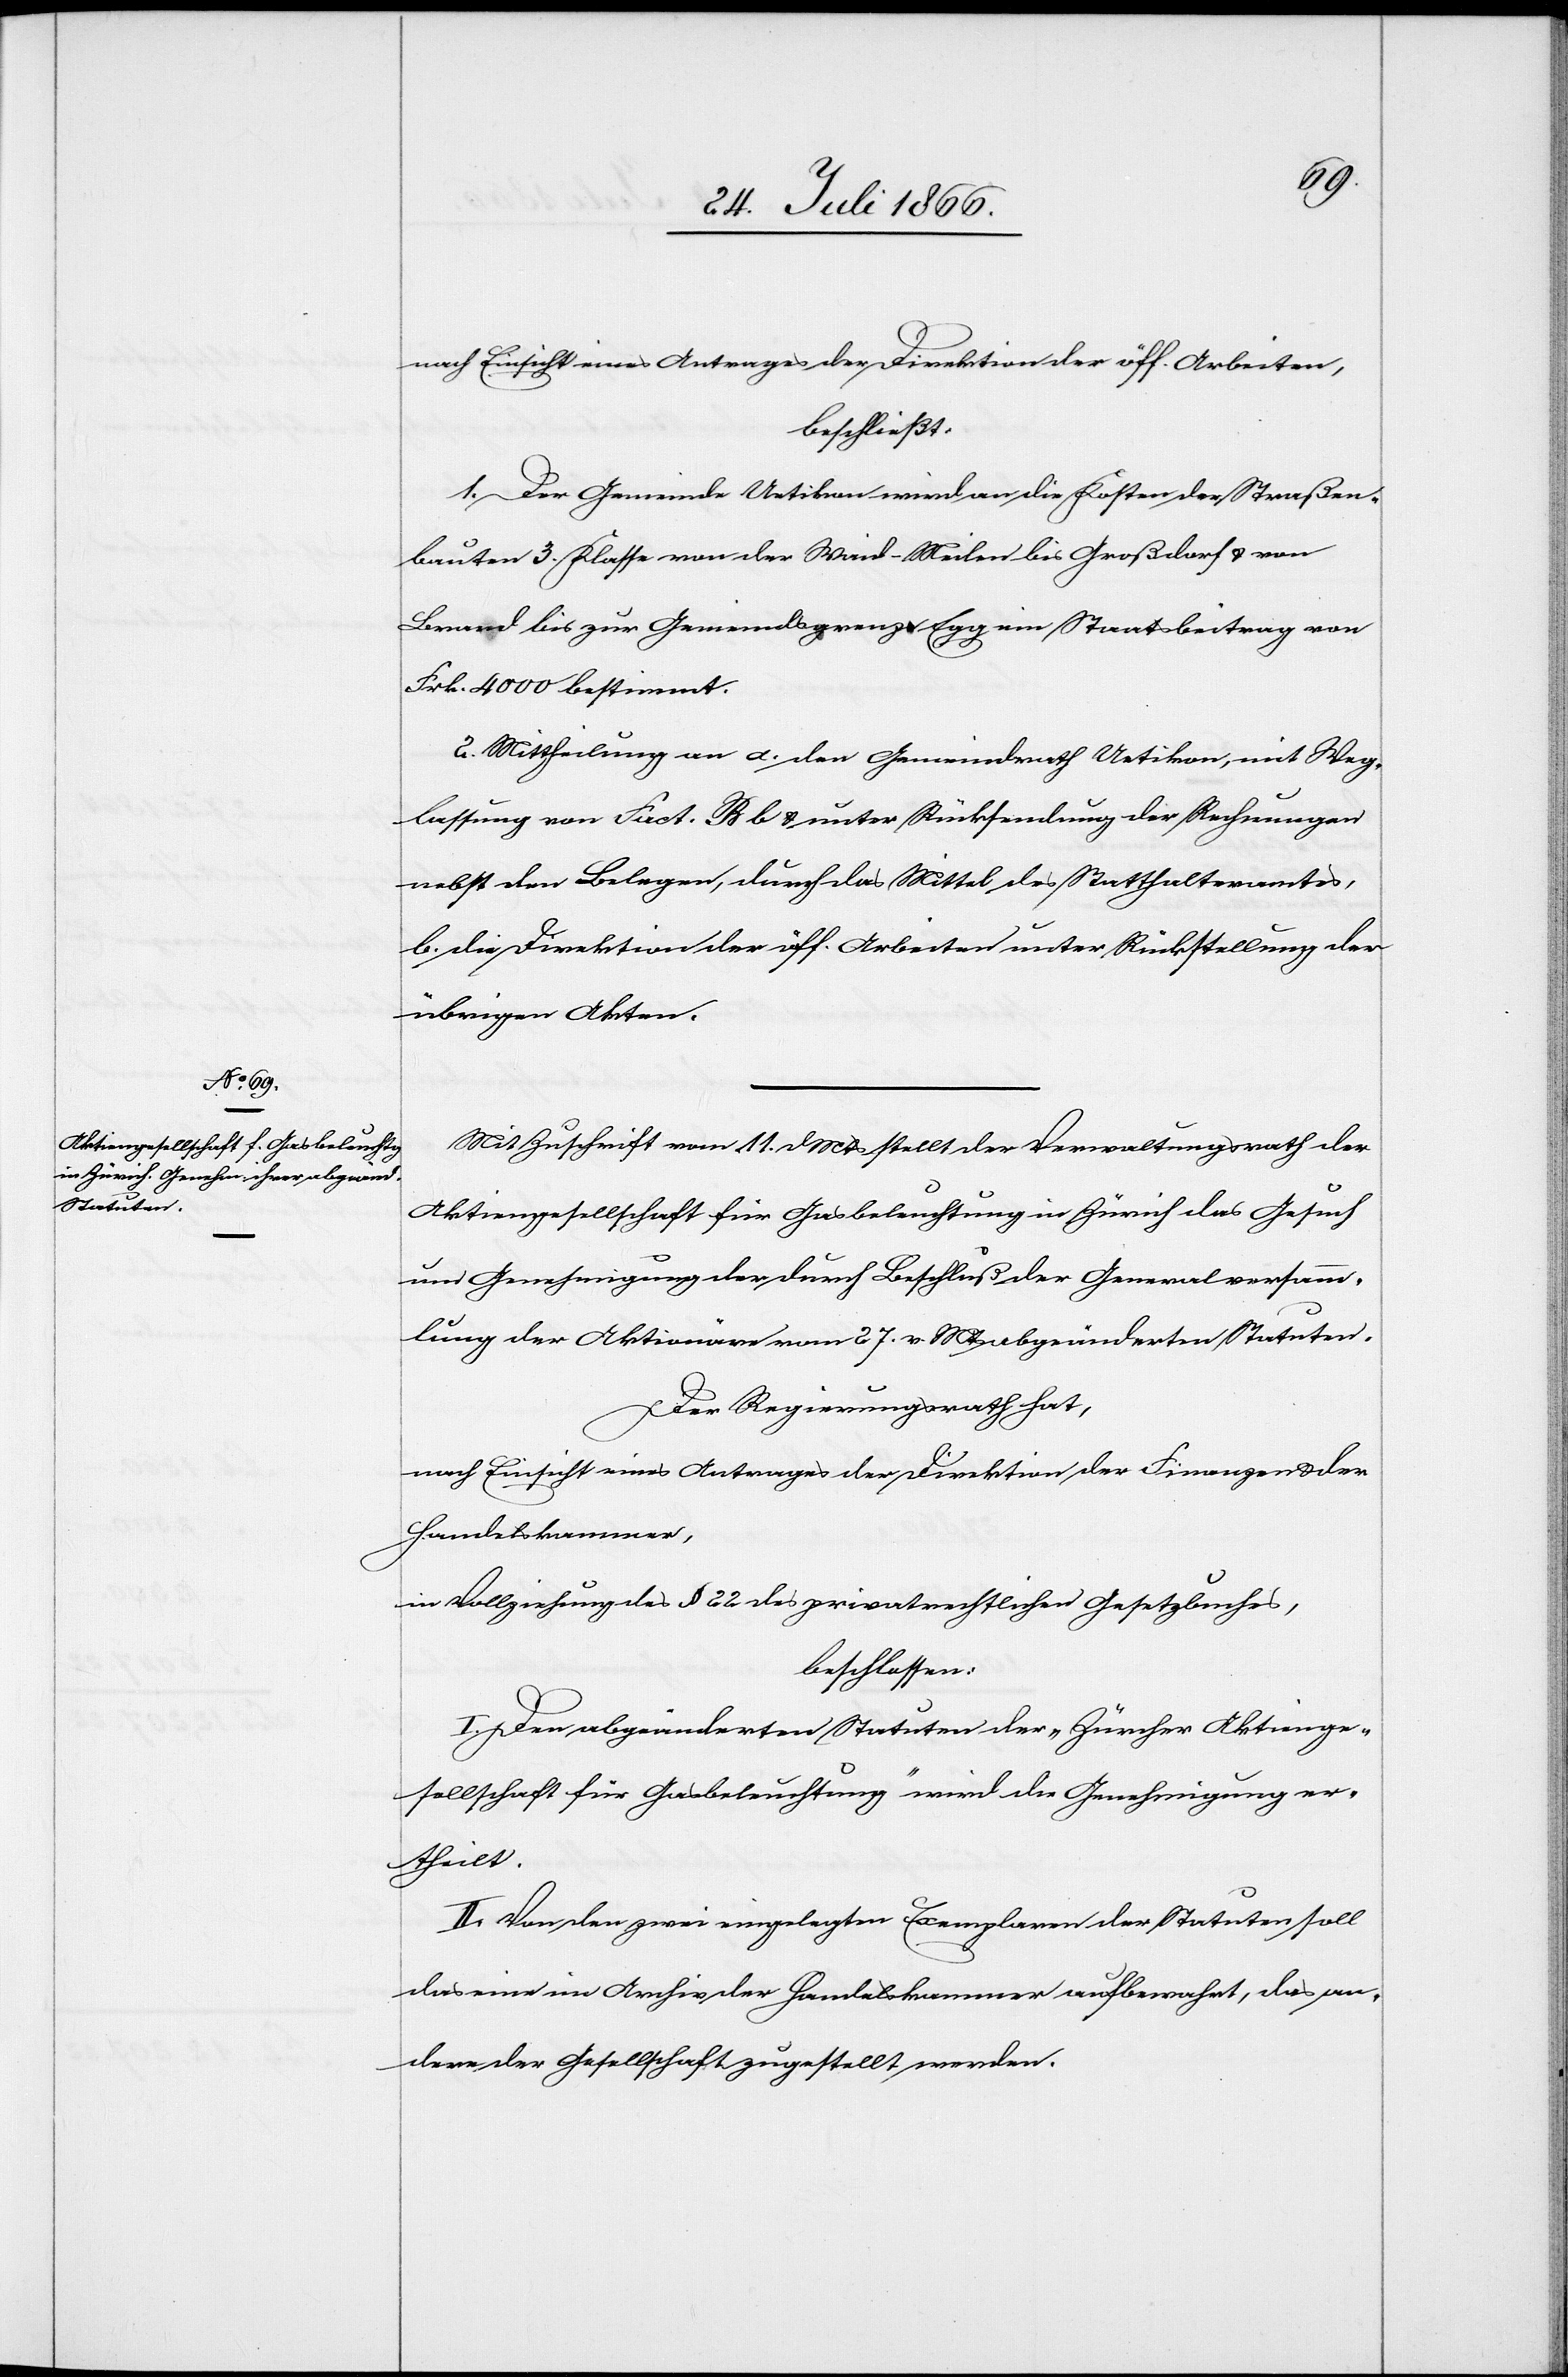
nach Einsicht eines Antrages der Direktion der öff. Arbeiten,
beschließt:
1. Der Gemeinde Uetikon wird an die Kosten der Straßen¬
bauten 3. Klasse von der Waid-Meilen bis zur Gemeindsgrenze
Frk. 4000 bestimmt.
2. Mittheilung an a. den Gemeindrath Uetikon, mit Weg¬
lassung von Fact. B b u. unter Rücksendung der Rechnungen
nebst den Belegen, durch das Mittel des Statthalteramtes,
b. die Direktion der öff. Arbeiten unter Rückstellung der
übrigen Akten.
Mit Zuschrift vom 11. d Mts stellt der Verwaltungsrath der
Aktiengesellschaft für Gasbeleuchtung in Zürich das Gesuch
um Genehmigung der durch Beschluß der Generalversamm¬
lung der Aktionäre vom 27. v. Mts abgeänderten Statuten.
Der Regierungsrath hat,
nach Einsicht eines Antrages der Direktion der Finanzen u. der
Handelskammer,
in Vollziehung des § 22 des privatrechtlichen Gesetzbuches,
beschlossen:
I. Den abgeänderten Statuten der „Zürcher Aktienge¬
sellschaft für Gasbeleuchtung“ wird die Genehmigung er¬
theilt.
II. Von den zwei eingelegten Exemplaren der Statuten soll
das eine im Archiv der Handelskammer aufbewahrt, das an¬
dere der Gesellschaft zugestellt werden.